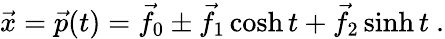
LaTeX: {\vec{x}}={\vec{p}}(t)={\vec{f}}_{0}\pm{\vec{f}}_{1}\cosh t+{\vec{f}}_{2}\sinh t\ .